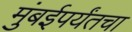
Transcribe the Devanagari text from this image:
मुंबईपर्यंतचा